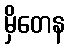
မှိတေန